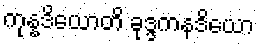
ကုန္နဒိယောတိ ခုဒ္ဒကနဒိယော